Account of plague administration in the Bombay Presidency from September 1896 till May 1897
Year: 1896
Disease focus: Plague
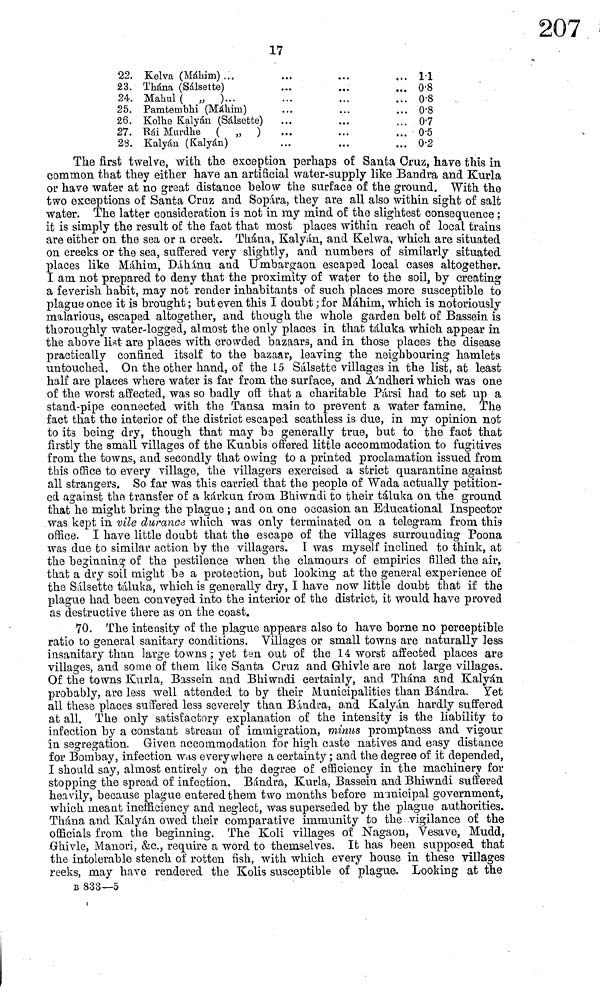
17
22.
23.
24.
25.
26.
27.
28.
Kelva (Máhim) ...
Thána (Sálsette)
Mahul ( " )...
Pamtembhi (Máhim)
Kolhe Kalyán (Sálsette)
Ráí Murdhe ( " )
Kalyán (Kalyán)
.
...
.
.
.
.
11
0.8
0.8
0.8
0.7
0.5
0.2
The first twelve, with, the exception perhaps of Santa Cruz, have this in
common that they either have an artificial water-supply like Bandra and Kurla
or have water at no great distance below the surface of the ground. With the
two exceptions of Santa Cruz and Sopára, they are all also within sight of salt
water. The latter consideration is not in my mind of the slightest consequence ;
it is simply the result of the fact that most places within reach of local trains
are either on the sea or a creek. Thána, Kalyán, and Kelwa, which are situated
on creeks or the sea, suffered very slightly, and numbers of similarly situated
places like Máhim, Dáhánu and Umbargaon escaped local cases altogether.
I am not prepared to deny that the proximity of water to the soil, by creating
a feverish habit, may not render inhabitants of such places more susceptible to
plague once it is brought ; but even this I doubt ; for Máhim, which is notoriously
malarious, escaped altogether, and though the whole garden belt of Bassein is
thoroughly water-logged, almost the only places in that táluka which appear in
the above list are places with crowded bazaars, and in those places the disease
practically confined itself to the bazaar, leaving the neighbouring hamlets
untouched. On the other hand, of the 15 Sálsette villages in the list, at least
half are places where water is far from the surface, and A'ndheri which was one
of the worst affected, was so badly oft that a charitable Pársi had to set up a
stand-pipe connected with the Tansa main to prevent a water famine. The
fact that the interior of the district escaped scathless is due, in my opinion not
to its being dry, though that may be generally true, but to the fact that
firstly the small villages of the Kunbis offered little accommodation to fugitives
from the towns, and secondly that owing to a printed proclamation issued from
this office to every village, the villagers exercised a strict quarantine against
all strangers. So far was this carried that the people of Wada actually petition-
ed against the transfer of a kárkun from Bhiwndi to their táluka on the ground
that he might bring the plague ; and on one occasion an Educational Inspector
was kept in vile durance which was only terminated on a telegram from this
office. I have little doubt that the escape of the villages surrounding Poona
was due to similar action by the villagers. I was myself inclined to think, at
the beginning of the pestilence when the clamours of empirics filled the air,
that a dry soil might be a protection, but looking at the general experience of
the Sálsette táluka, which is generally dry, I have now little doubt that if the
plague had been conveyed into the interior of the district, it would have proved
as destructive there as on the coast.
70. The intensity of the plague appears also to have borne no perceptible
ratio to general sanitary conditions. Villages or small towns are naturally less
insanitary than large towns ; yet ten out of the 14 worst affected places are
villages, and some of them like Santa Cruz and Ghivle are not large villages.
Of the towns Kurla, Bassein and Bhiwndi certainly, and Thána and Kalyán
probably, are less well attended to by their Municipalities than Bándra. Yet
all these places suffered less severely than Bándra, and Kalyán hardly suffered
at all. The only satisfactory explanation of the intensity is the liability to
infection by a constant stream of immigration, minus promptness and vigour
in segregation. Given accommodation for high caste natives and easy distance
for Bombay, infection was everywhere a certainty ; and the degree of it depended,
I should say, almost entirely on the degree of efficiency in the machinery for
stopping the spread of infection. Bándra, Kurla, Bassein and Bhiwndi suffered
heavily, because plague entered them two months before nrinicipal government,
which meant inefficiency and neglect, was superseded by the plague authorities.
Thána and Kalyán owed their comparative immunity to the vigilance of the
officials from the beginning. The Koli villages of Nagaon, Vesave, Mudd,
Ghivle, Manori, &c. 5 require a word to themselves. It has been supposed that
the intolerable stench of rotten fish, with which every house in these villages
reeks, may have rendered the Kolis susceptible of plague. Looking at the
B833—5